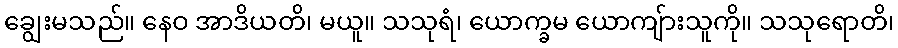
ချွေးမသည်။ နေဝ အာဒိယတိ၊ မယူ။ သသုရံ၊ ယောက္ခမ ယောကျ်ားသူကို။ သသုရောတိ၊